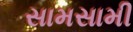
સામસામી